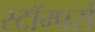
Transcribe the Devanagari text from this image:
स्टॉम्पर्स